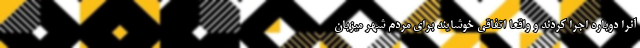
آنرا دوباره اجرا کردند و واقعا اتفاقی خوشایند برای مردم شهر میزبان